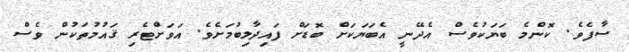
ސާފެވެ. ކޮންމެ ބަޔަކުވެސް އެދޭނީ އެބަޔަކަށް ބޮޑަށް ފައިދާލިބުމަށެވެ. އަވަށްޓެރި ޤައުމުތަކުން ވެސް